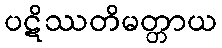
ပဋိဿတိမတ္တာယ